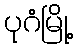
ပုဂံမြို့